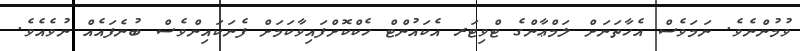
ވުމުންނެވެ. ނަމަވެސް އެހާތަނަށް ލަމްޢާންގެ ޓްވިޓަރ އެކައުންޓް ހެކްކޮށްފައިވާކަމަށް ފެނަކައިންވެސް ބުނެފައެއް ނުވެއެވެ.